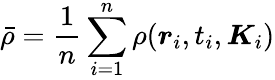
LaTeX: \bar{\rho}=\frac 1n\sum_{i=1}^{n}\rho(\boldsymbol{r}_{i},t_{i},\boldsymbol{K}_{i})